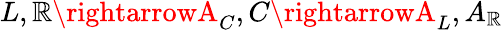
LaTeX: L,\mathbb{R}\rightarrowA_{C},C\rightarrowA_{L},A_{\mathbb{R}}